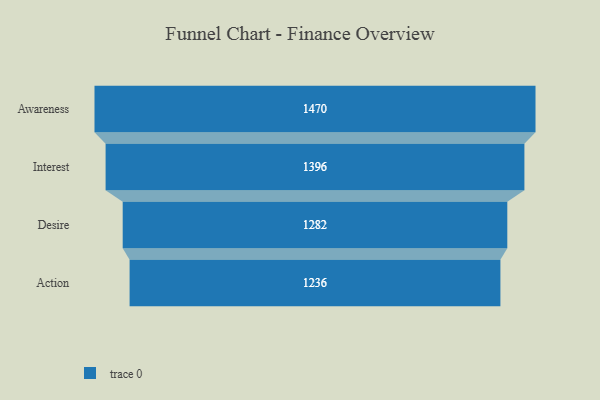
{"axis": {"x": "Stage", "y": "Value"}, "legend": [""], "data": [{"x": "Awareness", "y": 1470.0, "type": ""}, {"x": "Interest", "y": 1396.0, "type": ""}, {"x": "Desire", "y": 1282.0, "type": ""}, {"x": "Action", "y": 1236.0, "type": ""}]}